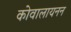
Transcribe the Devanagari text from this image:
कोवालायनन